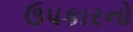
ઉપકારનો